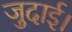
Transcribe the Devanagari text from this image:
जुदाई।